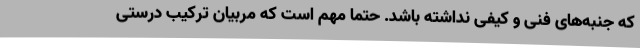
که جنبه‌های فنی و کیفی نداشته باشد. حتما مهم است که مربیان ترکیب درستی